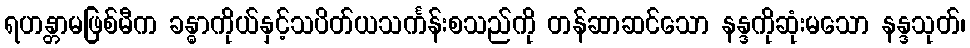
ရဟန္တာမဖြစ်မီက ခန္ဓာကိုယ်နှင့်သပိတ်ယသင်္ကန်းစသည်ကို တန်ဆာဆင်သော နန္ဒကိုဆုံးမသော နန္ဒသုတ်၊